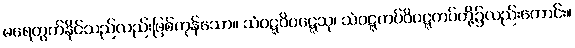
မရေတွက်နိုင်သည်လည်းဖြစ်ကုန်သော။ သံဝဋ္ဋဝိဝဋ္ဋေသု၊ သံဝဋ္ဋကပ်ဝိဝဋ္ဋကပ်တို့၌လည်းကောင်း။